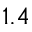
1 . 4